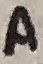
Text: A